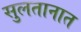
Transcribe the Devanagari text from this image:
सुलतानात